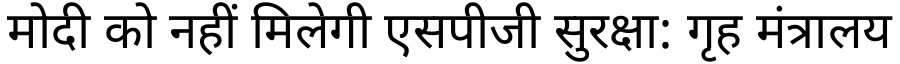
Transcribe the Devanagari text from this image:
मोदी को नहीं मिलेगी एसपीजी सुरक्षा: गृह मंत्रालय